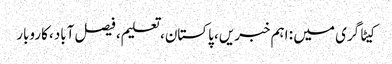
کیٹاگری میں : اہم خبریں، پاکستان، تعلیم، فیصل آباد، کاروبار